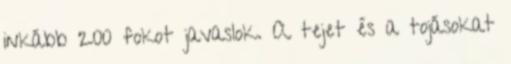
inkább 200 fokot javaslok. A tejet és a tojásokat